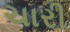
ચારી